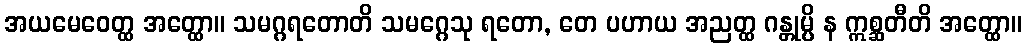
အယမေဝေတ္ထ အတ္ထော။ သမဂ္ဂရတောတိ သမဂ္ဂေသု ရတော, တေ ပဟာယ အညတ္ထ ဂန္တုမ္ပိ န ဣစ္ဆတီတိ အတ္ထော။